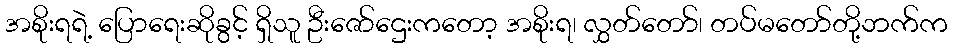
အစိုးရရဲ့ ပြောရေးဆိုခွင့် ရှိသူ ဦးဇော်ဌေးကတော့ အစိုးရ၊ လွှတ်တော်၊ တပ်မတော်တို့ဘက်က